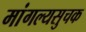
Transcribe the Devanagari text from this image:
मांगल्यसुचक